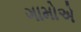
ગામોએ